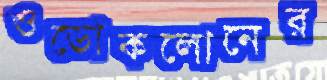
ওডোকলোনের